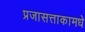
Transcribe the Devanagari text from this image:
प्रजासत्ताकामधे